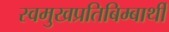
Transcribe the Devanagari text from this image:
स्वमुखप्रतिबिम्बार्थी